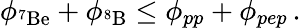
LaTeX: \phi_{^7\mathrm{Be}}+\phi_{^8\mathrm{B}}\leq\phi_{pp}+\phi_{pep}\, .